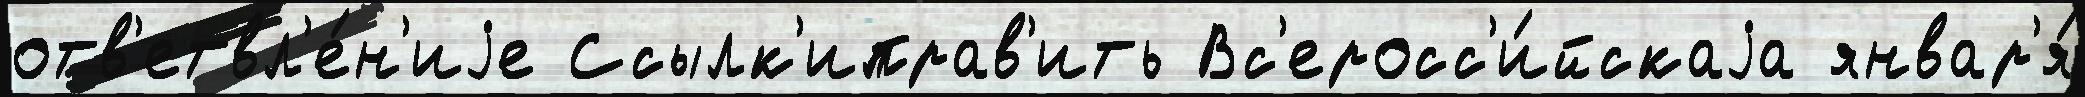
отв'етвл'е́н'иjе Ссылк'иправ'ить Вс'еросс'и́йскаjа январ'я́